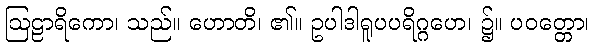
ဩဠာရိကော၊ သည်။ ဟောတိ၊ ၏။ ဥပါဒါရူပပရိဂ္ဂဟေ၊ ၌။ ပဝတ္တော၊